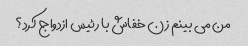
من می بینم زن خفاش با رئیس ازدواج کرد؟